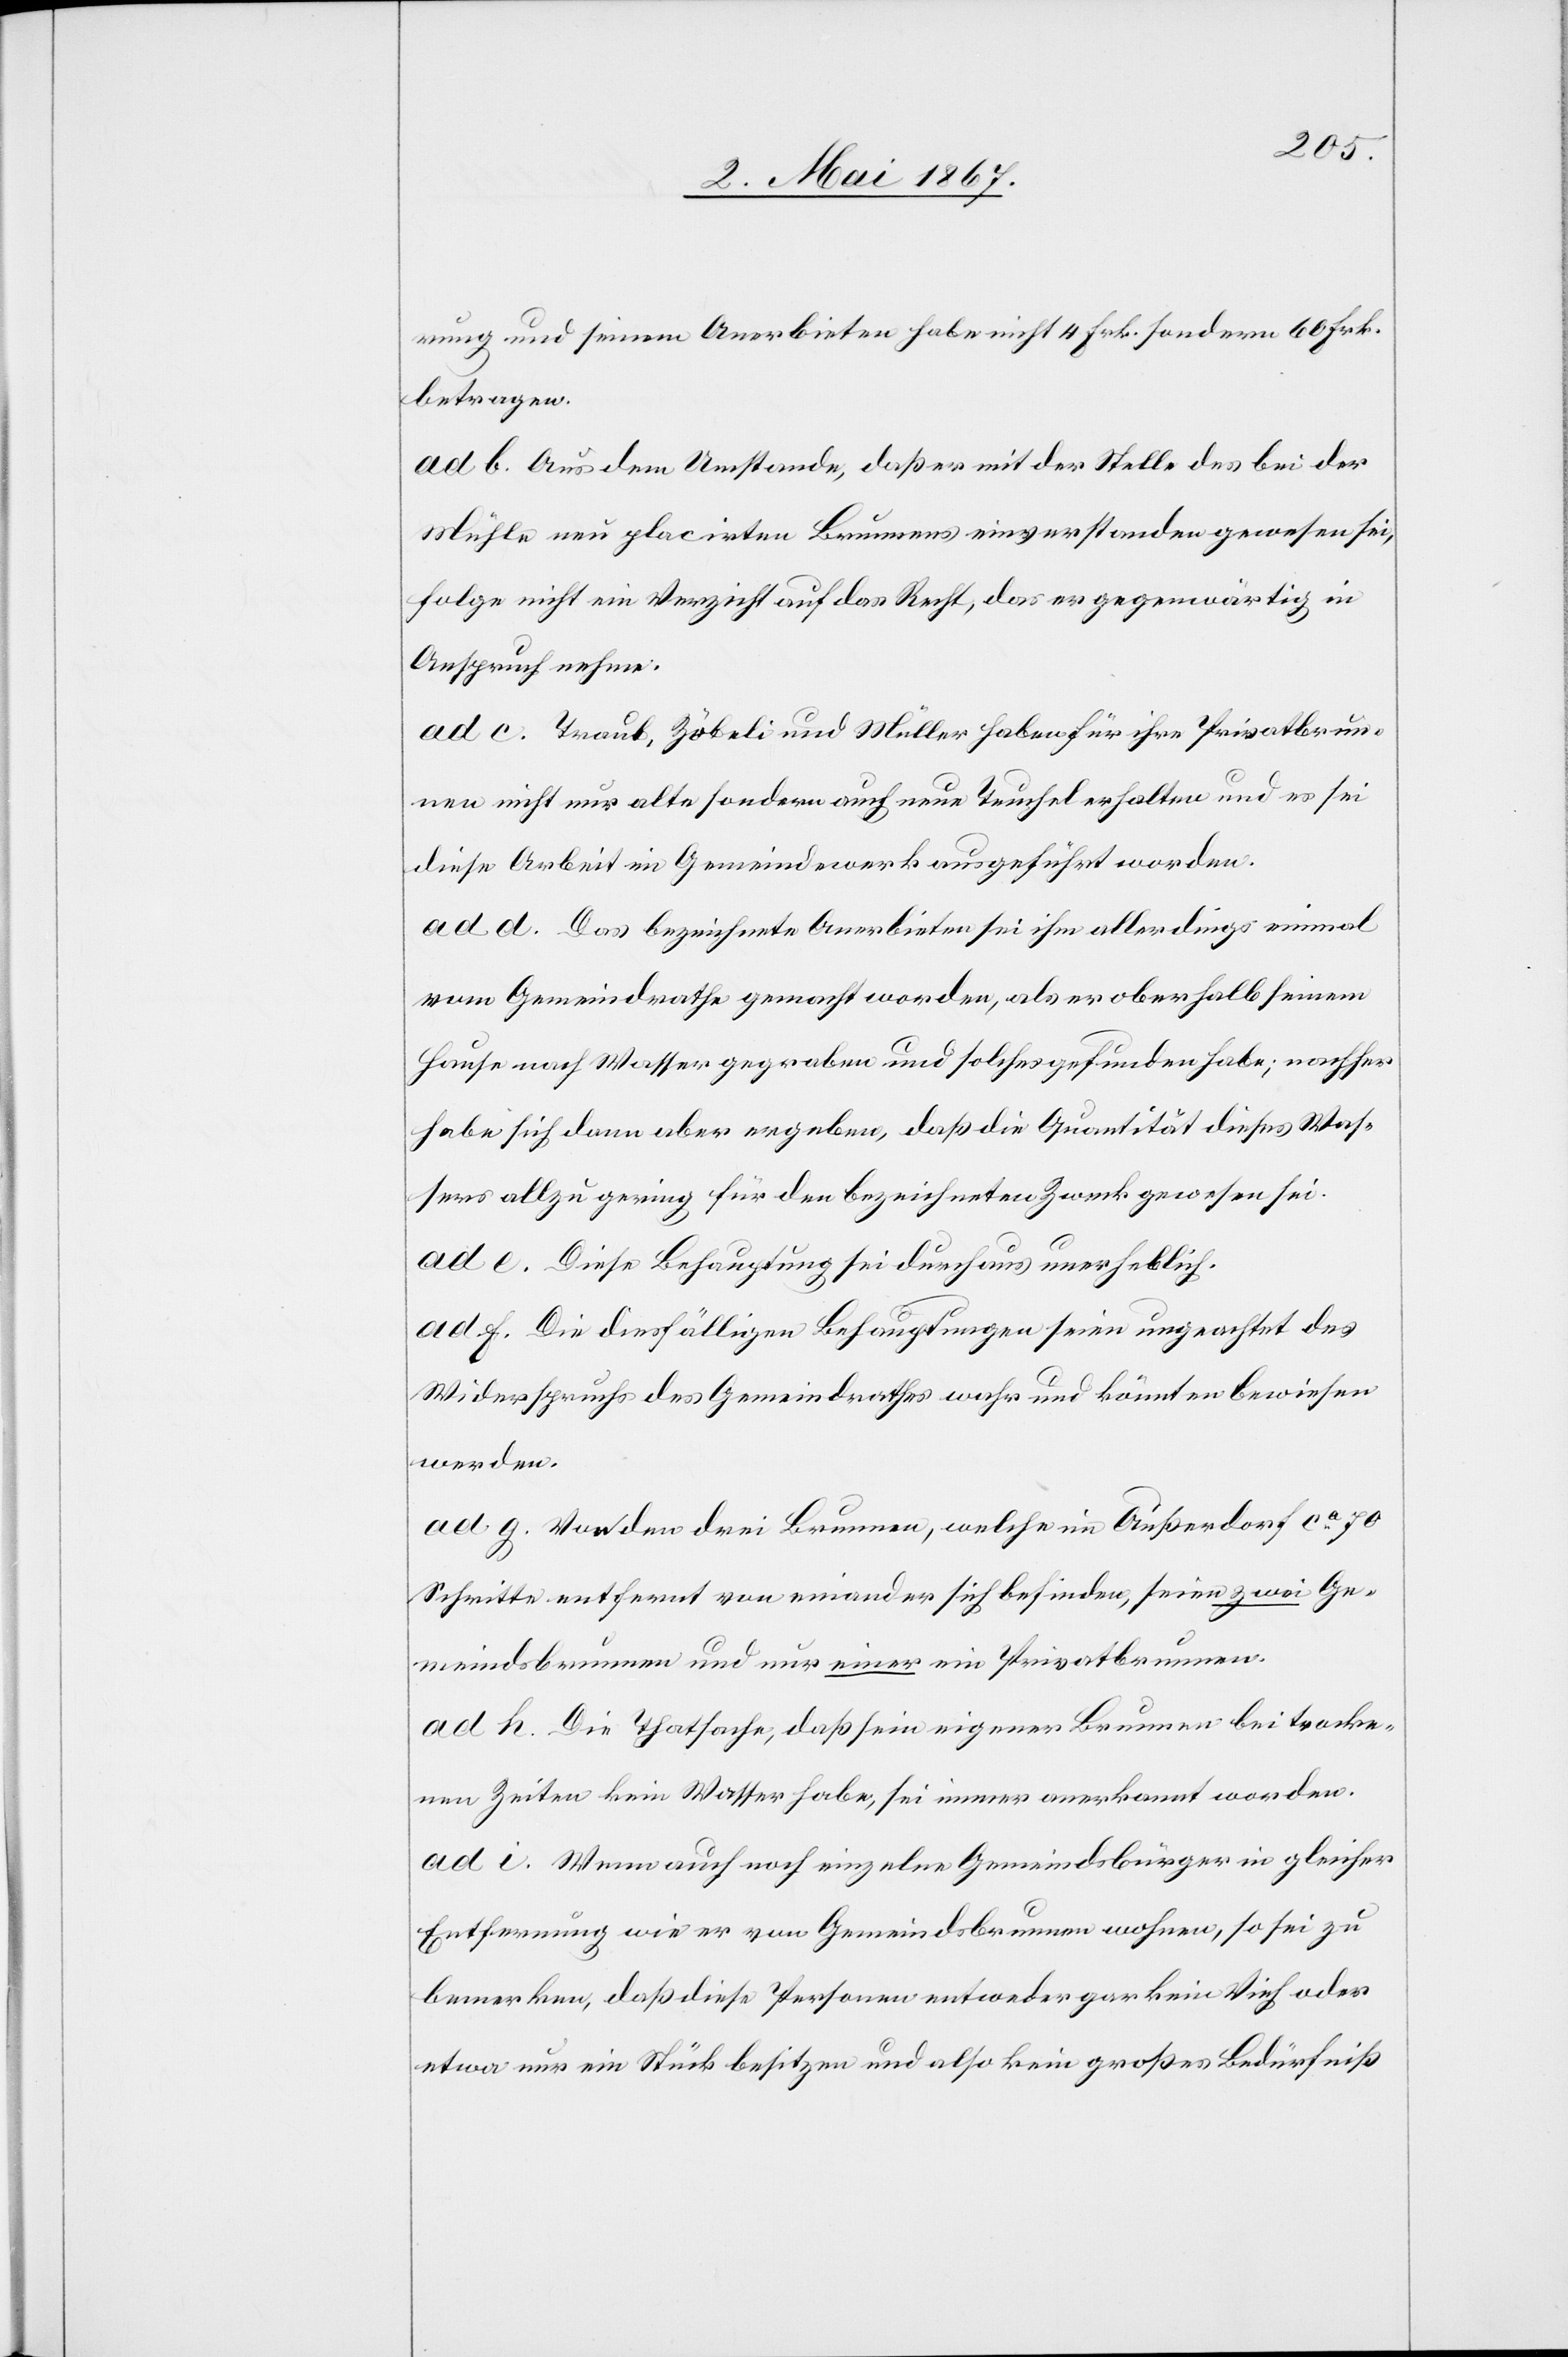
rung und seinem Anerbieten habe nicht 4 Frk. sondern 60 Frk.
betragen.
ad b. Aus dem Umstande, daß er mit der Stelle des bei der
Mühle neu placirten Brunnens einverstanden gewesen sei,
folge nicht ein Verzicht auf das Recht, das er gegenwärtig in
Anspruch nehme.
ad c. Traub, Zöbeli und Müller haben für ihre Privatbrun¬
nen nicht nur alte sondern auch neue Teuchel erhalten und es sei
diese Arbeit im Gemeindewerk ausgeführt worden.
ad d. Das bezeichnete Anerbieten sei ihm allerdings einmal
vom Gemeindrathe gemacht worden, als er oberhalb seinem
Hause nach Wasser gegraben und solches gefunden habe; nachher
habe sich dann aber ergeben, daß die Quantität dieses Was¬
sers allzu gering für den bezeichneten Zweck gewesen sei.
ad e. Diese Behauptung sei durchaus unerheblich.
ad f. Die diesfälligen Behauptungen seien ungeachtet des
Widerspruchs des Gemeindrathes wahr und könnten bewiesen
werden.
ad g. Von den drei Brunnen, welche im Außerdorf ca. 70
Schritte entfernt von einander sich befinden, seien zwei Ge¬
meindsbrunnen und nur einer ein Privatbrunnen.
ad h. Die Thatsache, daß sein eigener Brunnen bei trocke¬
nen Zeiten kein Wasser habe, sei immer anerkannt worden.
ad i. Wenn auch noch einzelne Gemeindsbürger in gleicher
Entfernung wie er vom Gemeindsbrunnen wohnen, so sei zu
bemerken, daß diese Personen entweder gar kein Vieh oder
etwa nur ein Stück besitzen und also kein großes Bedürfniß